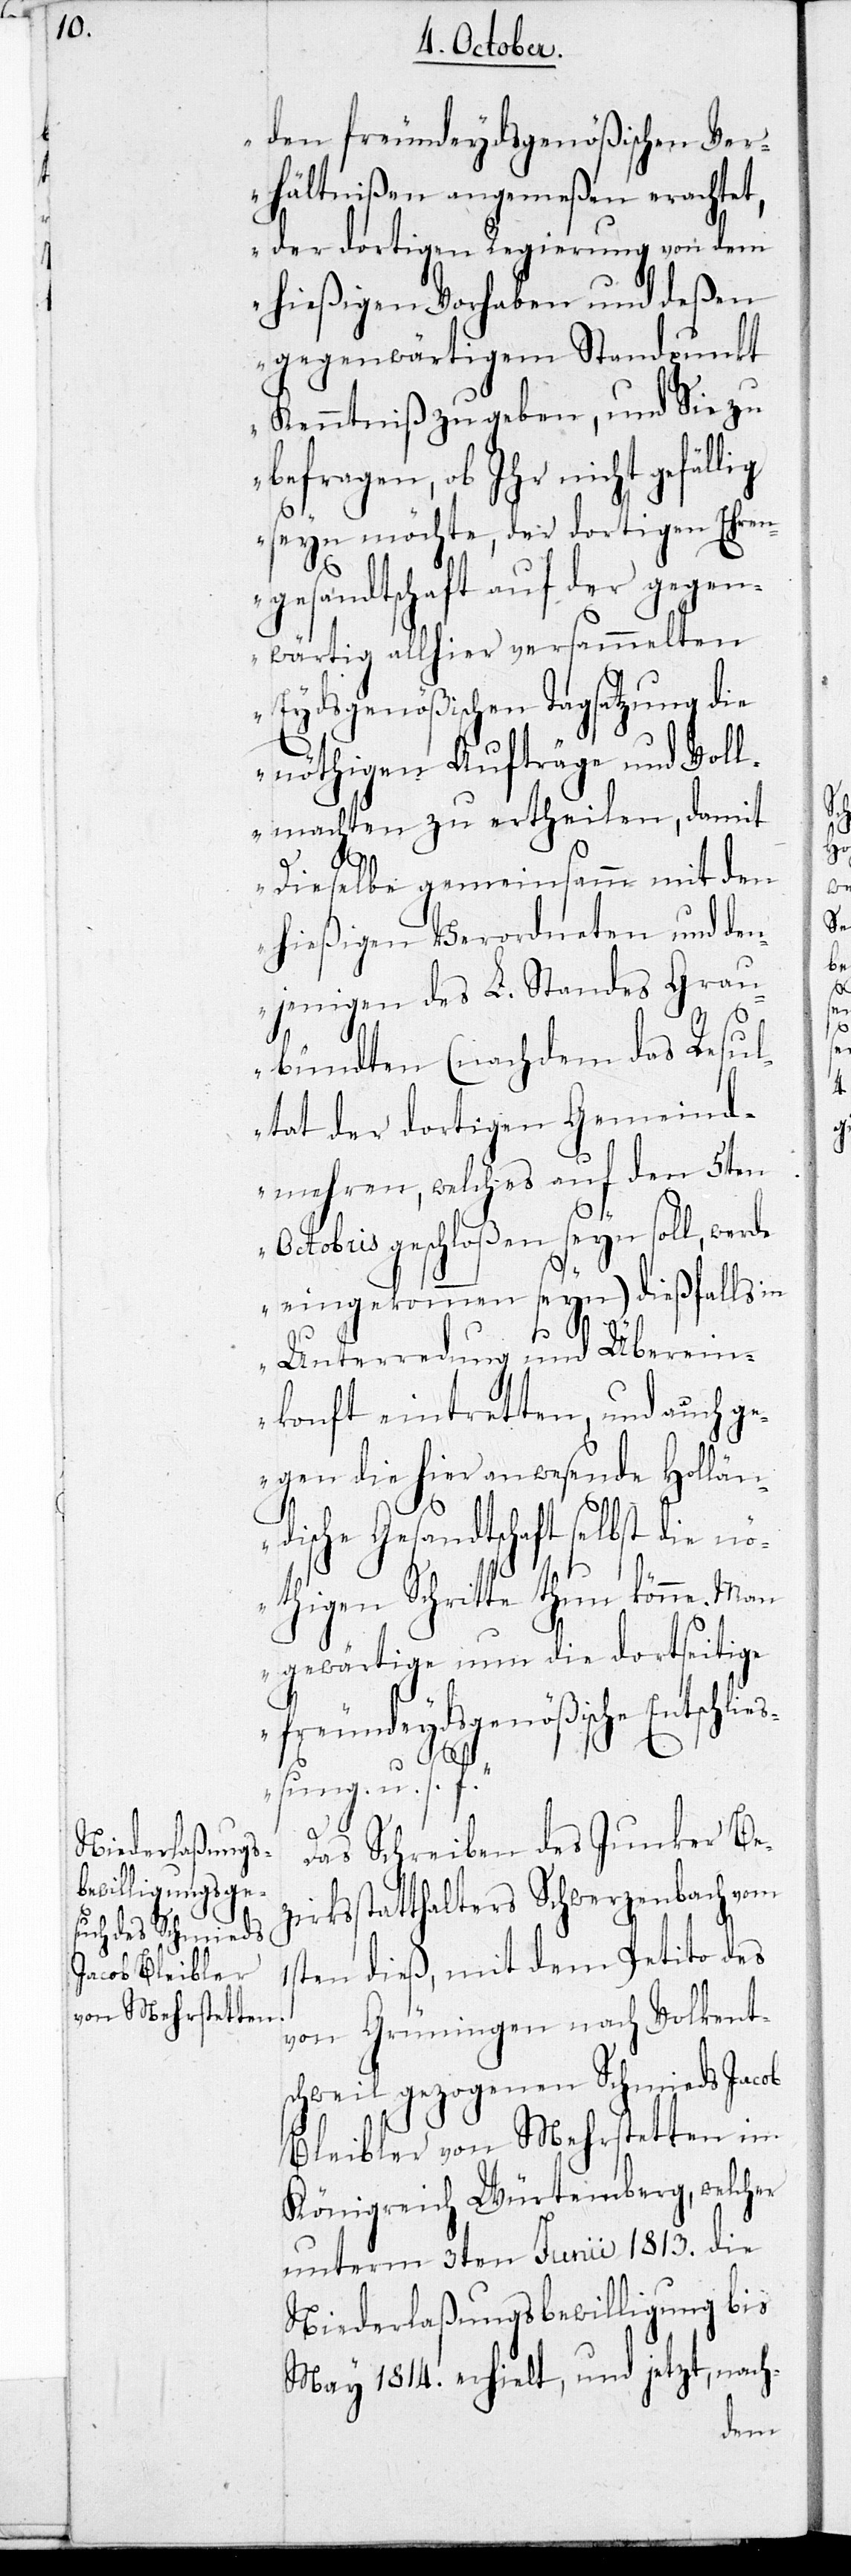
den freundeydsgenößischen Ver¬
hältnißen angemeßen erachtet,
der dortigen Regierung von dem
hießigen Vorhaben und deßen
gegenwärtigen Standpunkt
Kenntniß zu geben, und Sie zu
befragen, ob Ihr nicht gefäl¬
seyn möchte, der dortigen Ehren¬
gesandtschaft auf der gegen¬
wärtig allhier versammelten
Eydsgenößischen Tagsatzung die
nöthigen Aufträge und Voll¬
machten zu ertheilen, damit
lig
Dieselbe gemeinsamm mit den
hießigen Verordneten und den¬
jenigen des L. Standes Grau¬
bündten (nachdem das Resul¬
tat der dortigen Gemeind¬
mehren, welches auf den 5ten
Octobris geschloßen seyn soll, werde
eingekommen seyn) dießfalls
Unterredung und Überein¬
konft eintreten, und auch ge¬
gen die hier anwesende Hollän¬
dische Gesandtschaft selbst die n¬
öthigen Schritte thun könne. Man
gewärtige nun die dortseitige
freundeydsgenößische Entschließ¬
ung u. s. f.“
Das Schreiben des Junker Bez¬
irksstatthalters Schwerzenbach vom
1sten dieß, mit dem Petito des
von Grüningen nach Volkent¬
schweil gezogenen Schmieds Jacob
Bleibler von Mehrstetten im
Königreich Würtemberg, welcher
unterm 3ten Junii 1813. die
Niederlaßungsbewilligung bis
May 1814. erhielt, und jetzt, nach-